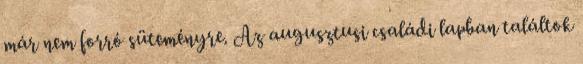
már nem forró süteményre. Az augusztusi családi lapban találtok